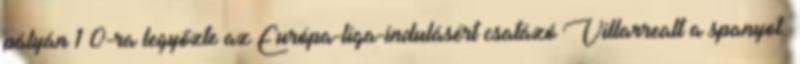
pályán 1–0-ra legyőzte az Európa-liga-indulásért csatázó Villarrealt a spanyol.